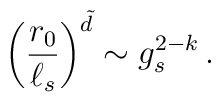
\left ( {r_0\over \ell_s}\right )^{\tilde d} \sim g_s^{2-k}\, .